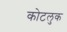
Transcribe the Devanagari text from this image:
कोटलुक